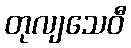
တုလျသေဝီ